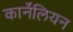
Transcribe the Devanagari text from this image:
कार्नेलियन